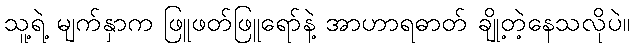
သူ့ရဲ့ မျက်နှာက ဖြူဖတ်ဖြူရော်နဲ့ အာဟာရဓာတ် ချို့တဲ့နေသလိုပဲ။